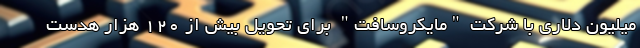
میلیون دلاری با شرکت "مایکروسافت" برای تحویل بیش از ۱۲۰ هزار هدست